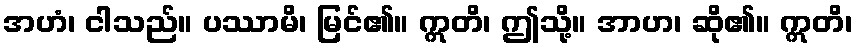
အဟံ၊ ငါသည်။ ပဿာမိ၊ မြင်၏။ ဣတိ၊ ဤသို့။ အာဟ၊ ဆို၏။ ဣတိ၊